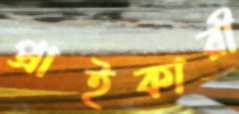
প্রাইকারী